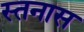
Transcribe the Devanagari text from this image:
स्तनास